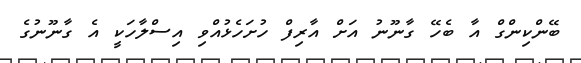
ބޭންކިންގް އާ ބެހޭ ގާނޫނު އަށް އާރިފް ހުށަހެޅުއްވި އިސްލާހަކީ އެ ގާނޫނުގެ